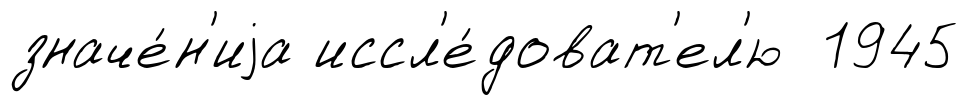
значе́н'иjа иссл'е́доват'ел'ю 1945